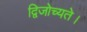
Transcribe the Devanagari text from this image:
द्विजोच्यते।